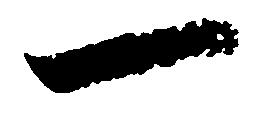
一